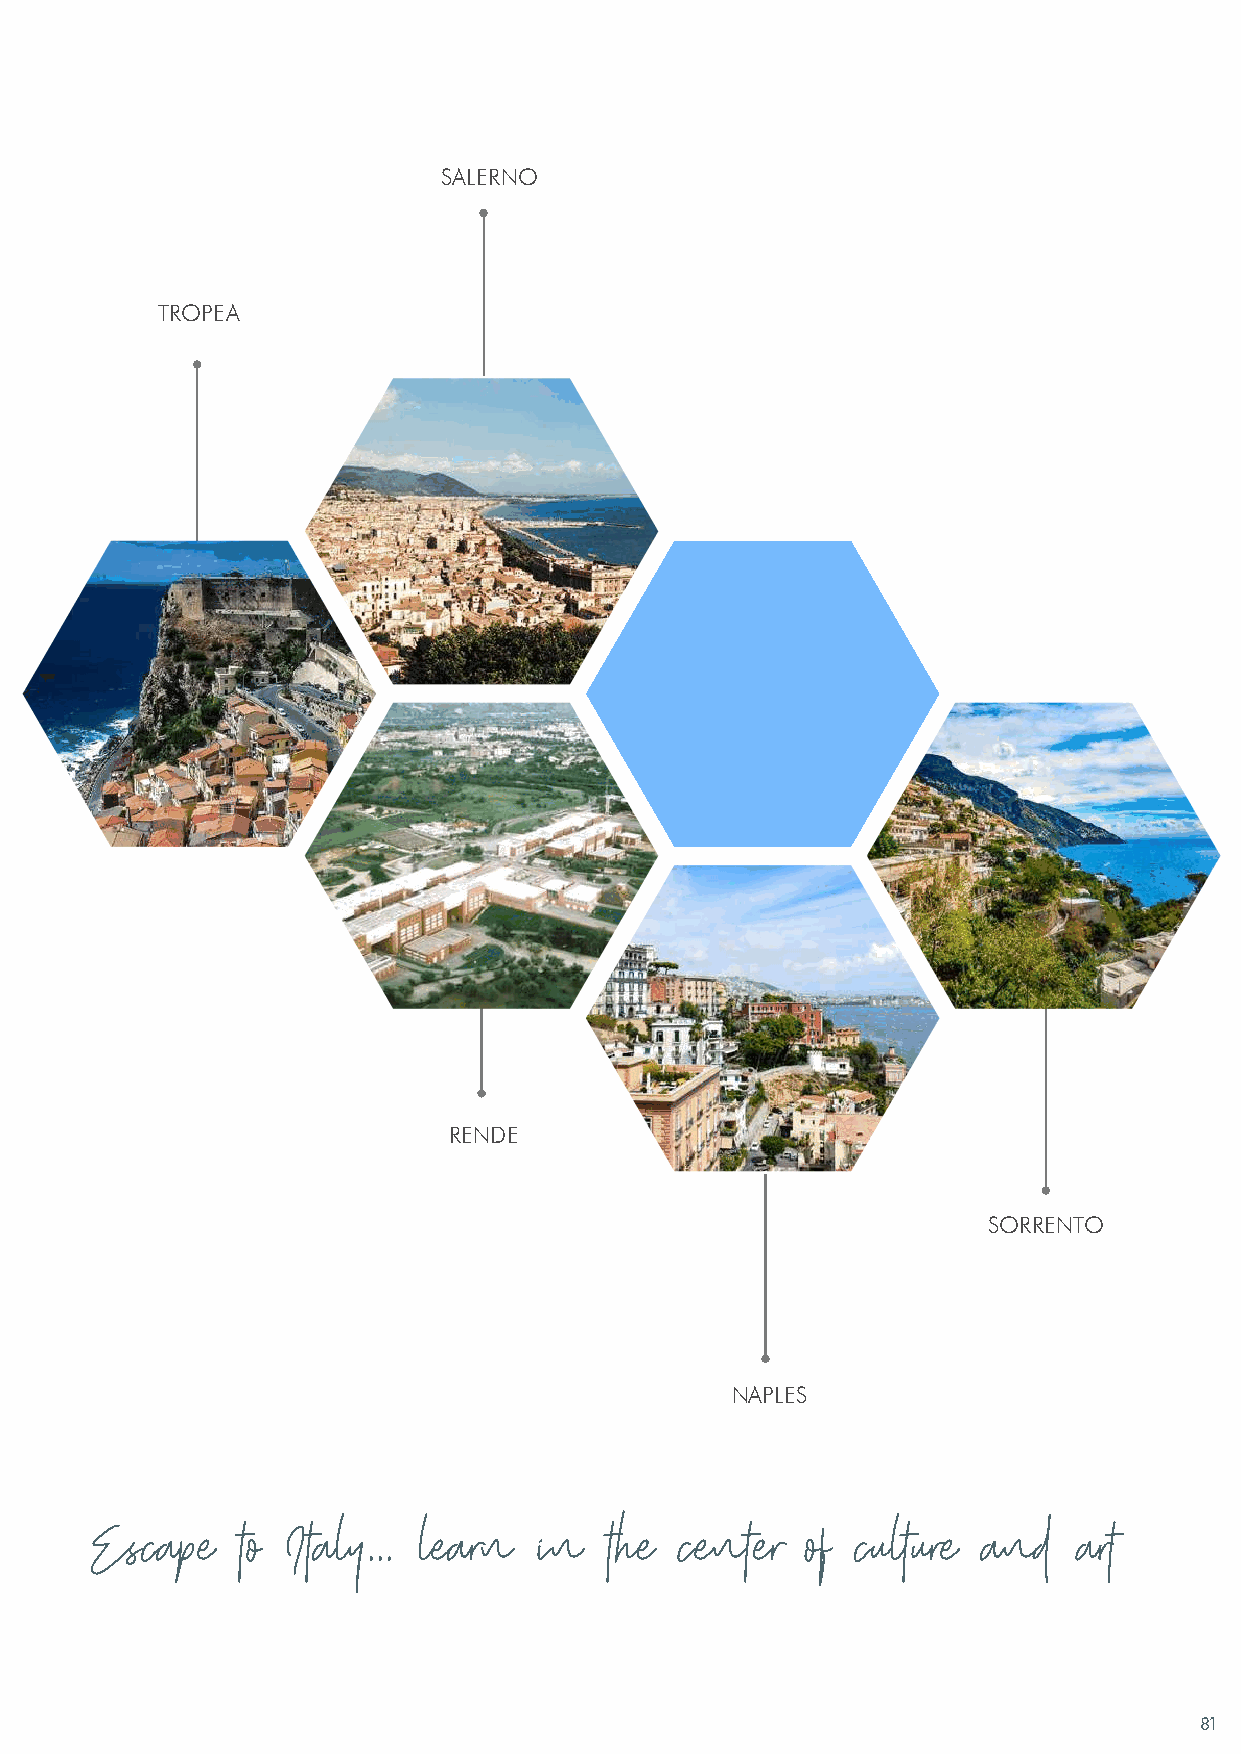
SALERNO
 TROPEA
 RENDE
 SORRENTO
 NAPLES
 Escape    to Italy... learn   in  the  center  of  culture and   art
 81